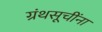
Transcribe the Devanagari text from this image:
ग्रंथसूचींना